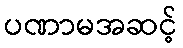
ပဏာမအဆင့်